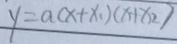
y = a ( x + x _ { 1 } ) ( x + x _ { 2 } )